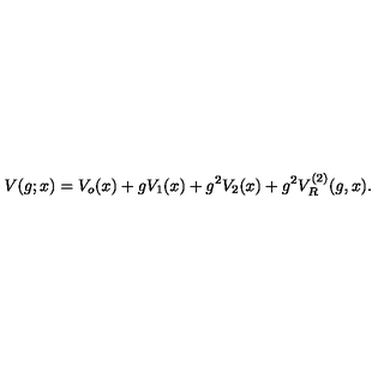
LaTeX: V ( g ; x ) = V _ { o } ( x ) + g V _ { 1 } ( x ) + g ^ { 2 } V _ { 2 } ( x ) + g ^ { 2 } V _ { R } ^ { ( 2 ) } ( g , x ) .